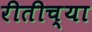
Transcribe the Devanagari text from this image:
रीतीच्या